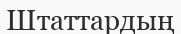
Штаттардың